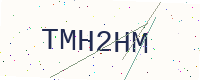
Text: TMH2HM